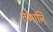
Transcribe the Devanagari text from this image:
तमानि